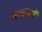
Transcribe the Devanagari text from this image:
माध्ममों